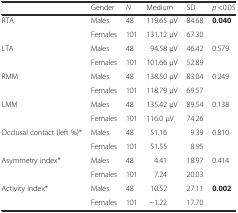
|  | Gender | N | Medium | SD | p <0.05 |
 | --- | --- | --- | --- | --- | --- |
 | <ROWSPAN=2> RTA | Males | 48 | 119.65 μV | 84.68 | <ROWSPAN=2> 0.040 |
 | Females | 101 | 131.12 μV | 67.30 |
 | <ROWSPAN=2> LTA | Males | 48 | 94.58 μV | 46.42 | <ROWSPAN=2> 0.579 |
 | Females | 101 | 101.66 μV | 52.89 |
 | <ROWSPAN=2> RMM | Males | 48 | 138.50 μV | 83.04 | <ROWSPAN=2> 0.249 |
 | Females | 101 | 118.79 μV | 69.57 |
 | <ROWSPAN=2> LMM | Males | 48 | 135.42 μV | 89.54 | <ROWSPAN=2> 0.138 |
 | Females | 101 | 116.0 μV | 74.26 |
 | <ROWSPAN=2> Occlusal contact (left %)* | Males | 48 | 51.16 | 9.39 | <ROWSPAN=2> 0.810 |
 | Females | 101 | 51.55 | 8.95 |
 | <ROWSPAN=2> Asymmetry index* | Males | 48 | 4.41 | 18.97 | <ROWSPAN=2> 0.414 |
 | Females | 101 | 7.24 | 20.03 |
 | <ROWSPAN=2> Activity index* | Males | 48 | 10.52 | 27.11 | <ROWSPAN=2> 0.002 |
 | Females | 101 | −1.22 | 17.70 |